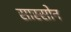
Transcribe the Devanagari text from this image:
सास्सोन